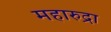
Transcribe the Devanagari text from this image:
महारुद्रा